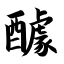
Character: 醵